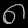
Digit: ၈